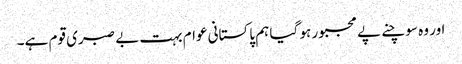
اور وہ سوچنے پے مجبور ہو گیا ہم پاکستانی عوام بہت بے صبری قوم ہے۔